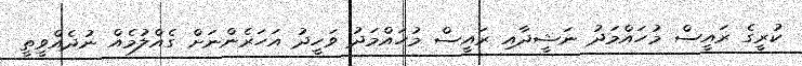
ކުރީގެ ރައީސް މުހައްމަދު ނަޝީދާއި ރައީސް މުހައްމަދު ވަހީދު އަހަރެންނަށް ގެއްލުމެއް ނުދެއްވީތީ